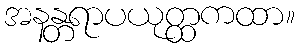
အနန္တရာပယုတ္ထကထာ။